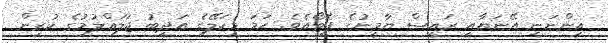
އިންނަނީ އޭނަޔާއި ރައީސް ޔާމީނުގެ ފޮޓޯއެވެ. ޙަމަ މިކަލޭގެ އަދީބު ޖަލަޢްލުމުގެ ކުރިން